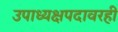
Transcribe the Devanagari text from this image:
उपाध्यक्षपदावरही